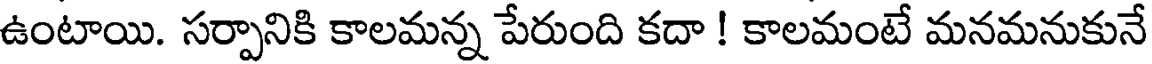
ఉంటాయి. సర్పానికి కాలమన్న పేరుంది కదా ! కాలమంటే మనమనుకునే